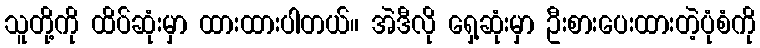
သူတို့ကို ထိပ်ဆုံးမှာ ထားထားပါတယ်။ အဲဒီလို ရှေ့ဆုံးမှာ ဦးစားပေးထားတဲ့ပုံစံကို